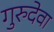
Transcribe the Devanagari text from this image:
गुरुदेवा